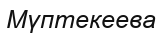
Мүптекеева